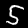
Digit: 5